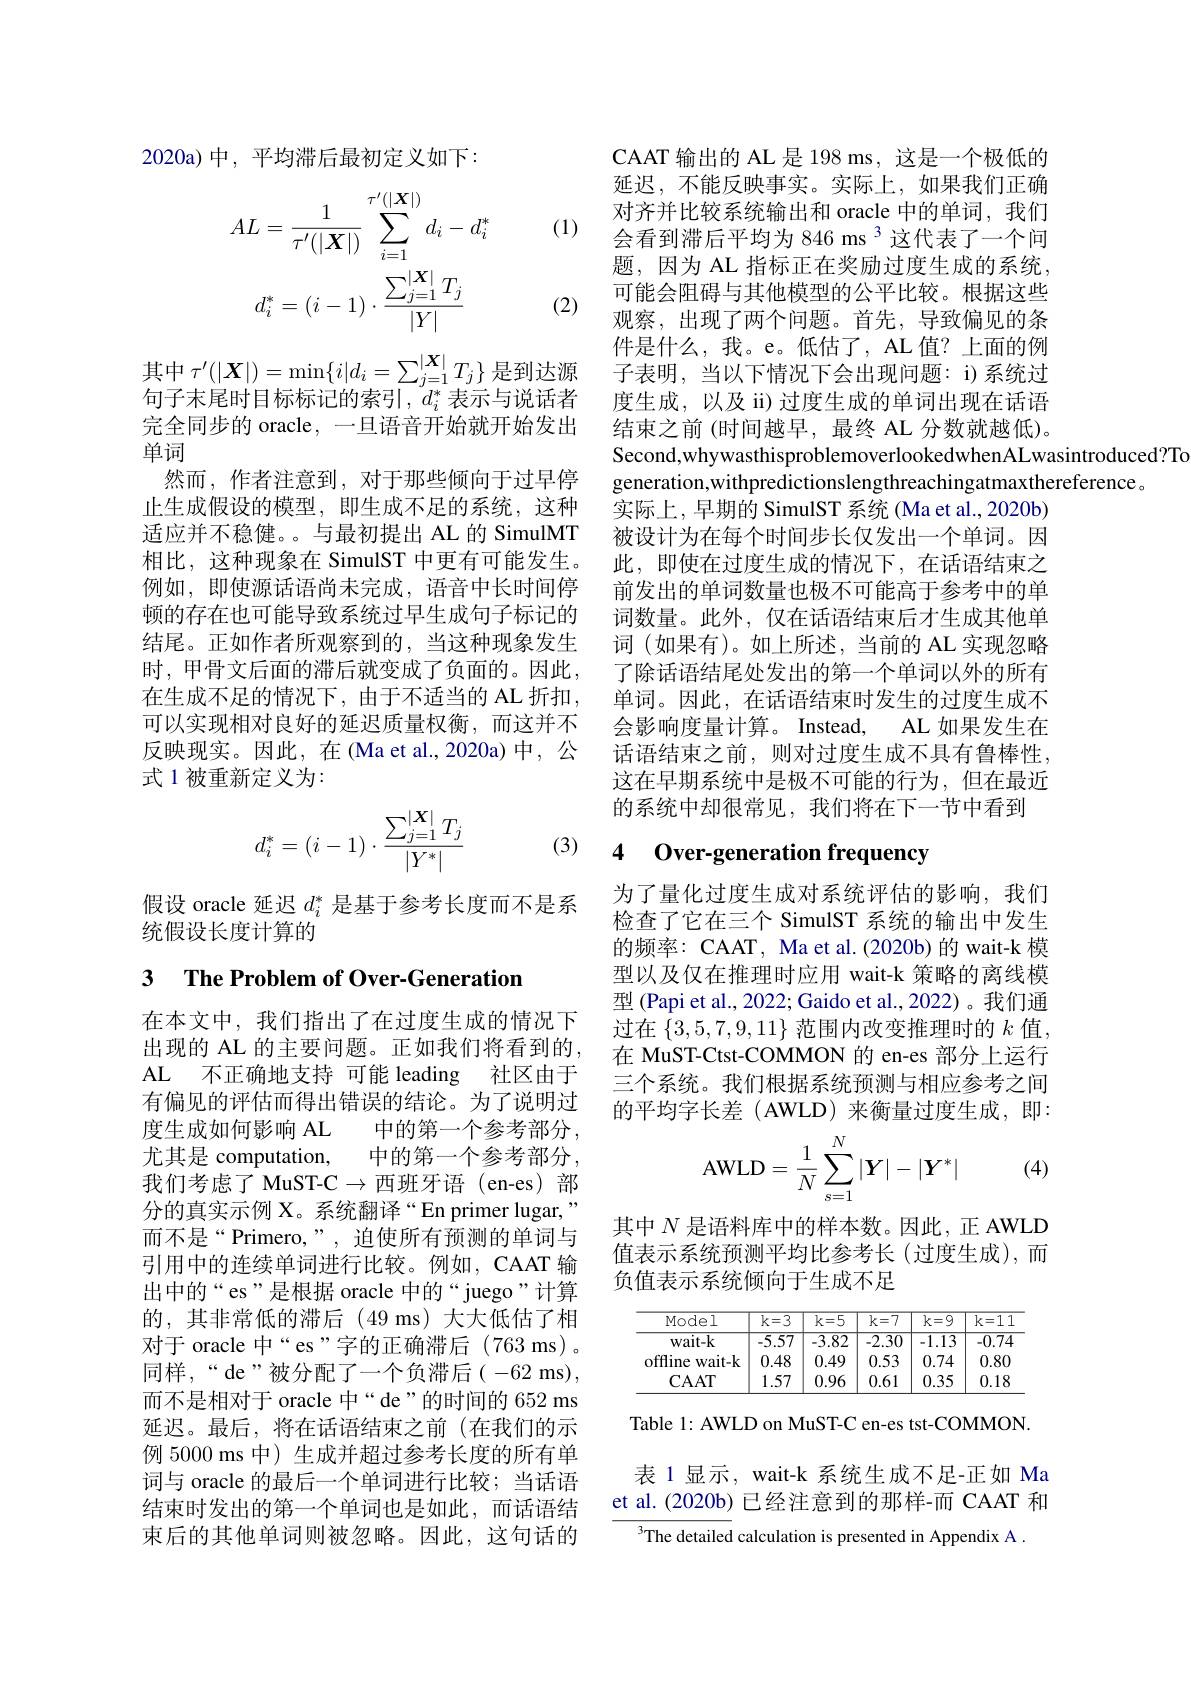
2020a)中，平均滞后最初定义如下：

(1)
$$AL=\frac{1}{\tau^{\prime}(|X|)}\sum_{i=1}^{\tau^{\prime}(|X|)}d_{i}-d_{i}^{*}\\d_{i}^{*}=(i-1)\cdot\frac{\sum_{j=1}^{|X|}T_{j}}{|Y|}$$
(2)

句子末尾时目标标记的索引，$d_i^*$表示与说话者完全同步的 oracle, 一旦语音开始就开始发出单词
然而，作者注意到，对于那些倾向于过早停止生成假设的模型，即生成不足的系统，这种适应并不稳健。。与最初提出 AL 的 SimulMT 相比，这种现象在 SimulST 中更有可能发生。例如，即使源话语尚未完成，语音中长时间停顿的存在也可能导致系统过早生成句子标记的结尾。正如作者所观察到的，当这种现象发生时，甲骨文后面的滞后就变成了负面的。因此， 在生成不足的情况下，由于不适当的 AL 折扣， 可以实现相对良好的延迟质量权衡，而这并不反映现实。因此，在(Ma et al.,2020a)中，公式1被重新定义为：
$$d_i^*=(i-1)\cdot\frac{\sum_{j=1}^{|\boldsymbol{X}|}T_j}{|Y^*|}$$
(3)

假设 oracle 延迟$d_i^*$是基于参考长度而不是系
统假设长度计算的

## 3 $\textbf{The Problem of Over- Generation}$

在本文中，我们指出了在过度生成的情况下出现的 AL 的主要问题。正如我们将看到的， AL 不正确地支持 可能 leading 社区由于有偏见的评估而得出错误的结论。为了说明过度生成如何影响 AL 中的第一个参考部分， 尤其是 computation, 中的第一个参考部分， 我们考虑了 MuST-C$\to$西班牙语(en-es)部分的真实示例 X。系统翻译“En primer lugar," 而不是“Primero,”,迫使所有预测的单词与引用中的连续单词进行比较。例如，CAAT 输出中的“es”是根据 oracle 中的“juego”计算的，其非常低的滞后(49ms)大大低估了相对于 oracle 中“es”字的正确滞后(763 ms)。同样，“de”被分配了一个负滞后(-62ms), 而不是相对于 oracle 中“ de”的时间的 652 ms 延迟。最后，将在话语结束之前(在我们的示例 5000 ms 中) 生成并超过参考长度的所有单词与 oracle 的最后一个单词进行比较；当话语结束时发出的第一个单词也是如此，而话语结束后的其他单词则被忽略。因此，这句话的

CAAT 输出的 AL 是 198 ms, 这是一个极低的延迟，不能反映事实。实际上，如果我们正确对齐并比较系统输出和 oracle 中的单词，我们会看到滞后平均为 846 ms 3 这代表了一个问题，因为 AL 指标正在奖励过度生成的系统， 可能会阻碍与其他模型的公平比较。根据这些观察，出现了两个问题。首先，导致偏见的条件是什么，我。e。低估了，AL 值？上面的例
其中$\tau^\prime(|\boldsymbol{X}|)=\min\{i|d_i=\sum_{j=1}^{|\boldsymbol{X}|}T_j\}$是到达源 子表明，当以下情况下会出现问题：i)系统过向子丰尾时日标标记的索已$^{[\mathrm{d}*]}d^*$丰云与说迁孝 座生书 () $\pi$ (
度生成，以及 ii) 过度生成的单词出现在话语结束之前 (时间越早，最终 AL 分数就越低)。Second,whywasthisproblemoverlookedwhenALwasintroduced?To
generation,withpredictionslengthreachingatmaxthereference。
实际上，早期的 SimulST 系统 (Ma et al., 2020b) 被设计为在每个时间步长仅发出一个单词。因此，即使在过度生成的情况下，在话语结束之前发出的单词数量也极不可能高于参考中的单词数量。此外，仅在话语结束后才生成其他单词(如果有)。如上所述，当前的 AL 实现忽略了除话语结尾处发出的第一个单词以外的所有单词。因此，在话语结束时发生的过度生成不会影响度量计算。Instead, AL 如果发生在话语结束之前，则对过度生成不具有鲁棒性， 这在早期系统中是极不可能的行为，但在最近的系统中却很常见，我们将在下一节中看到

# 4 Over-generation frequency

为了量化过度生成对系统评估的影响，我们检查了它在三个 SimulST 系统的输出中发生的频率：CAAT, Ma et al.(2020b) 的 wait-k 模型以及仅在推理时应用 wait-k 策略的离线模型 (Papi et al., 2022; Gaido et al., 2022)。我们通过在$\{3,5,7,9,11\}$范围内改变推理时的$k$值， 在 MuST-Ctst-COMMON 的 en-es 部分上运行三个系统。我们根据系统预测与相应参考之间的平均字长差(AWLD) 来衡量过度生成，即：
$$\text{AWLD}=\dfrac{1}{N}\sum_{s=1}^N|\boldsymbol{Y}|-|\boldsymbol{Y}^*|$$
(4)

其中$N$是语料库中的样本数。因此，正 AWLD 值表示系统预测平均比参考长(过度生成),而负值表示系统倾向于生成不足

<table>
	<tbody>
		<tr>
			<th>Model</th>
			<th>$k=3$</th>
			<th>$\overline{\mathrm{k=5}}$</th>
			<th>$k=7$</th>
			<th>$k=9$</th>
			<th>$k=11$</th>
		</tr>
		<tr>
			<td>$wait-k$</td>
			<td>-5.57</td>
			<td>-3.82</td>
			<td>-2.30</td>
			<td>-1.13</td>
			<td>-0.74</td>
		</tr>
		<tr>
			<td>offline $wait-k$</td>
			<td>0.48</td>
			<td>0.49</td>
			<td>0.53</td>
			<td>0.74</td>
			<td>0.80</td>
		</tr>
		<tr>
			<td>CAAT</td>
			<td>1.57</td>
			<td>0.96</td>
			<td>0.61</td>
			<td>0.35</td>
			<td>0.18</td>
		</tr>
	</tbody>
</table>

Table 1: AWLD on MuST-C en-es tst-COMMON.

表 1 显示，wait-k 系统生成不足-正如 Ma et al.(2020b) 已经注意到的那样-而 CAAT 和
$^{3}$The detailed calculation is presented in Appendix A